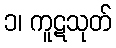
၁၊ ကူဋသုတ်